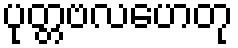
ပုတ္တဗလဟေတု